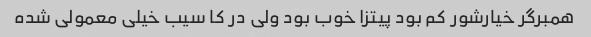
همبرگر خیارشور کم بود پیتزا خوب بود ولی در کا سیب خیلی معمولی شده